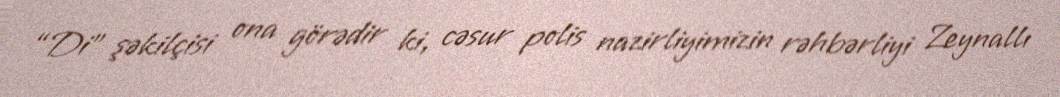
“Di” şəkilçisi ona görədir ki, cəsur polis nazirliyimizin rəhbərliyi Zeynallı